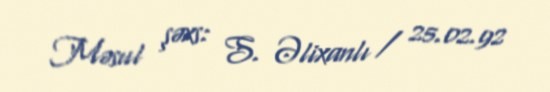
Məsul şəxs: S. Əlixanlı / 25.02.92